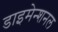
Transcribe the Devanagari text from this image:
डाइमेन्शनल